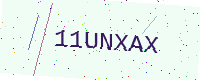
Text: 11UNXAX